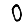
Digit: 0